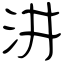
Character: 汫